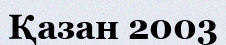
Қазан 2003